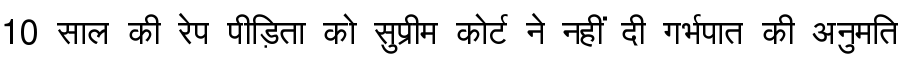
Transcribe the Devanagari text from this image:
10 साल की रेप पीड़िता को सुप्रीम कोर्ट ने नहीं दी गर्भपात की अनुमति